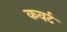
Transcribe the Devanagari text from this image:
कवर्ट